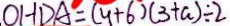
O H D A = ( y + 6 ) ( 3 + a ) \div 2